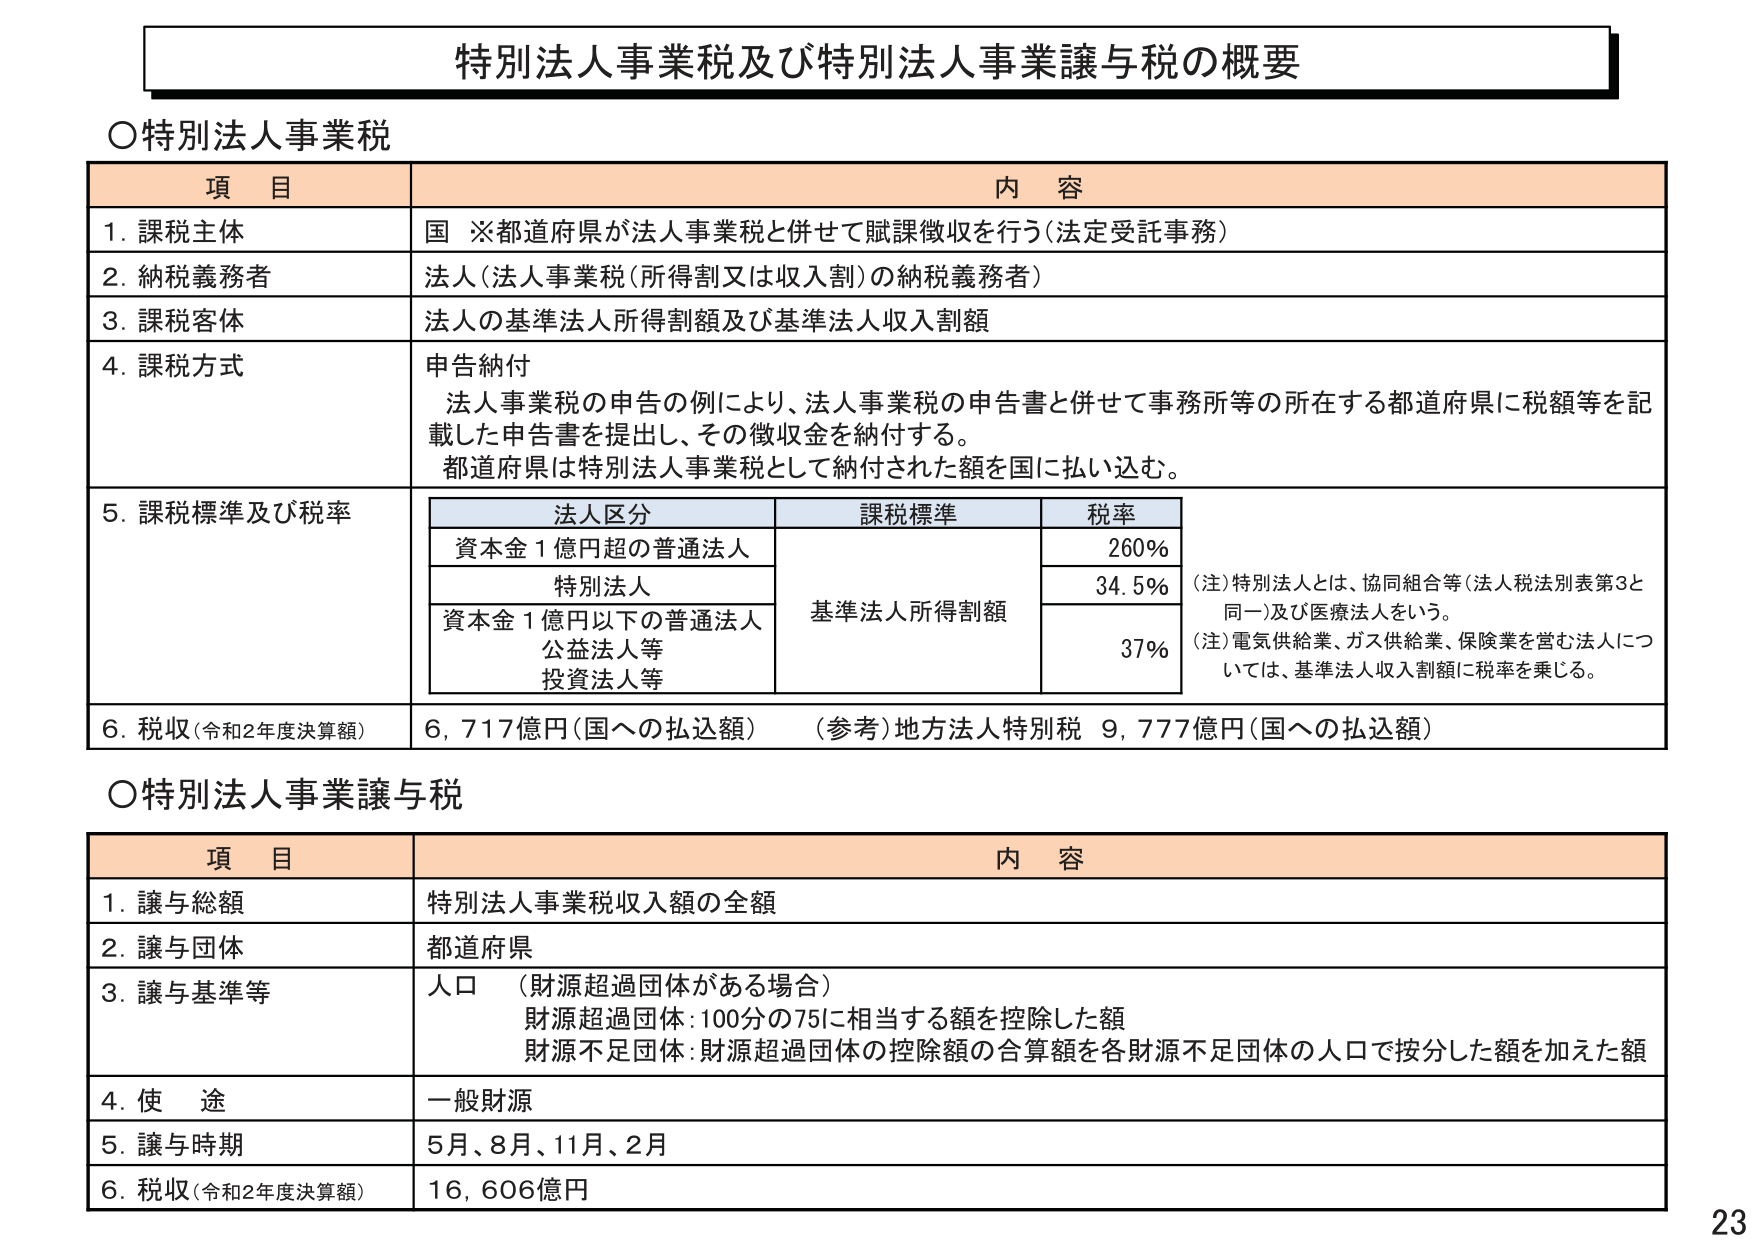
特別法人事業税及び特別法人事業譲与税の概要

○特別法人事業税

項 目 内 容
1. 課税主体 国 ※都道府県が法人事業税と併せて賦課徴収を行う（法定受託事務）
2. 納税義務者 法人（法人事業税（所得割又は収入割）の納税義務者）
3. 課税客体 法人の基準法人所得割額及び基準法人収入割額
4. 課税方式 申告納付
法人事業税の申告の例により、法人事業税の申告書と併せて事務所等の所在する都道府県に税額等を記載した申告書を提出し、その徴収金を納付する。
都道府県は特別法人事業税として納付された額を国に払い込む。
5. 課税標準及び税率
法人区分 課税標準 税率
資本金１億円超の普通法人 基準法人所得割額 260%
特別法人 34.5%
資本金１億円以下の普通法人
公益法人等
投資法人等 37%
（注）特別法人とは、協同組合等（法人税法別表第3と同一）及び医療法人をいう。
（注）電気供給業、ガス供給業、保険業を営む法人については、基準法人収入割額に税率を乗じる。
6. 税収（令和2年度決算額） 6,717億円（国への払込額） （参考）地方法人特別税 9,777億円（国への払込額）

○特別法人事業譲与税

項 目 内 容
1. 譲与総額 特別法人事業税収入額の全額
2. 譲与団体 都道府県
3. 譲与基準等 人口 （財源超過団体がある場合）
財源超過団体：100分の75に相当する額を控除した額
財源不足団体：財源超過団体の控除額の合算額を各財源不足団体の人口で按分した額を加えた額
4. 使 途 一般財源
5. 譲与時期 5月、8月、11月、2月
6. 税収（令和2年度決算額） 16,606億円

23